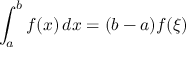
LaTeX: \int _ { a } ^ { b } f ( x ) \, d x = ( b - a ) f ( \xi )